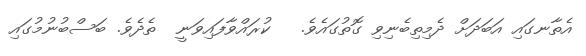
އެތާނގައި އަބަދަށް ދެމިތިބެނިވި ގޮތުގައެވެ.   ކުރައްވާފައިވަނީ  ތެދެވެ. ބަސްބުނުމުގައި